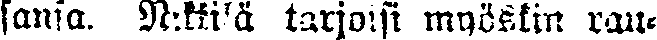
sansa. Nikkilä tarjoisi myöskin rau-